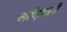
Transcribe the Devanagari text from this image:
मरोड़फली